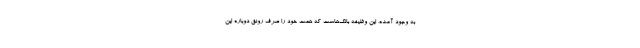
به وجود آمده، این وظیفه بانک‌هاست که همت خود را صرف رونق دوباره این